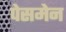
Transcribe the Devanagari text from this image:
पेसमेन